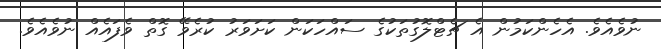
ނުވެއެވެ. އެހެންކަމުން އެ ޗެޓްލޮގުތަކުގެ ސައްހަކަން ކަށަވަރު ކުރެވޭ ގޮތް ވެފައެއް ނުވެއެވެ.